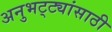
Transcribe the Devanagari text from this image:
अनुभट्ट्यांसाठी